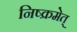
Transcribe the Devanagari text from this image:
निष्क्रमेत्